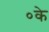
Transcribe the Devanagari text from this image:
०के